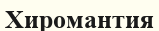
Хиромантия